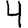
Digit: 4